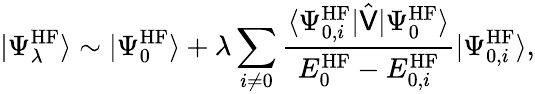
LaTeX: |\Psi_{\lambda}^{\mathrm{HF}}\rangle\sim|\Psi_{0}^{\mathrm{HF}}\rangle+\lambda\sum_{i\neq 0}\frac{\langle\Psi_{0,i}^{\mathrm{HF}}|\hat{\mathsf{V}}|\Psi_{0}^{\mathrm{HF}}\rangle}{E_{0}^{\mathrm{HF}}-E_{0,i}^{\mathrm{HF}}}|\Psi_{0,i}^{\mathrm{HF}}\rangle,